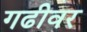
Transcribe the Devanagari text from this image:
गढीवर